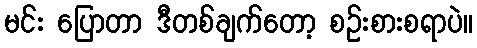
မင်း ပြောတာ ဒီတစ်ချက်တော့ စဉ်းစားစရာပဲ။